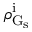
\rho _ { \mathrm { G } _ { \mathrm { s } } } ^ { \mathrm { i } }